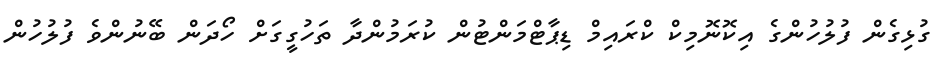
ގުޅިގެން ފުލުހުންގެ އިކޮނޮމިކް ކްރައިމް ޑިޕާޓްމަންޓުން ކުރަމުންދާ ތަހުގީގަށް ހޯދަން ބޭނުންވެ ފުލުހުން